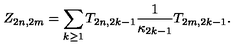
Z _ { 2 n , 2 m } = \sum _ { k \geq 1 } T _ { 2 n , 2 k - 1 } \frac { 1 } { \kappa _ { 2 k - 1 } } T _ { 2 m , 2 k - 1 } .